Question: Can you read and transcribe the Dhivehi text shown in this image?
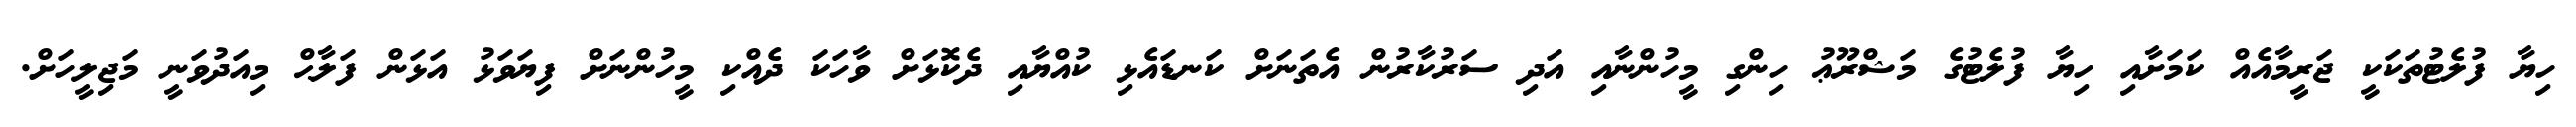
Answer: ހިޔާ ފުލެޓުތަކަކީ ޖަރީމާއެއް ކަމަށާއި ހިޔާ ފުލެޓުގެ މަޝްރޫޢު ހިންގި މީހުންނާއި އަދި ސަރުކާރުން އެތަނަށް ކަނޑައެޅި ކުއްޔާއި ދެކޮޅަށް ވާހަކަ ދެއްކި މީހުންނަށް ފިޔަވަޅު އަޅަން ފަލާޙް މިއަދުވަނީ މަޖިލީހަށް.